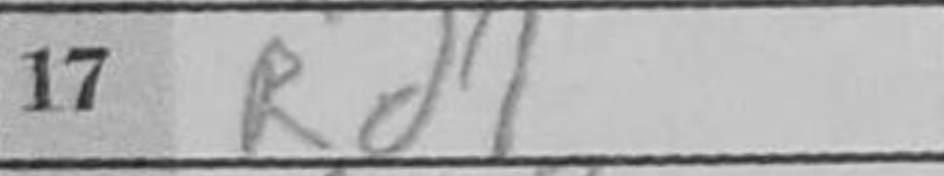
Transcription: Rd1